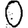
Digit: 0